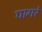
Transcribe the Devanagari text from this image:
घागरे